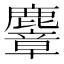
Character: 麞